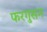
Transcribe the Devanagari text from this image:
फरगुसन